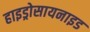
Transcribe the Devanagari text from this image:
हाइड्रोसायनाइड